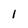
Character: 1